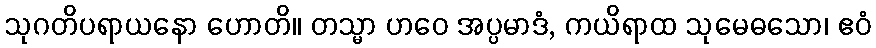
သုဂတိပရာယနော ဟောတိ။ တသ္မာ ဟဝေ အပ္ပမာဒံ, ကယိရာထ သုမေဓသော၊ ဧဝံ